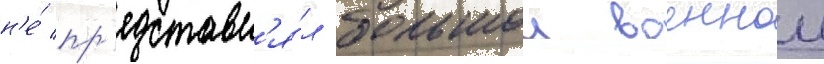
н'е́ пр'едставл'я́л большои военнои